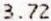
3.72